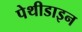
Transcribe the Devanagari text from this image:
पेथीडाइन